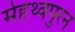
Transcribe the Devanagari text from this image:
मेहथ्वपुरन